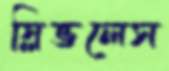
স্লিভলেস